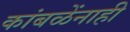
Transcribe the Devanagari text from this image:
कांबळेंनाही